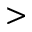
>